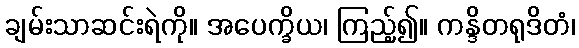
ချမ်းသာဆင်းရဲကို။ အပေက္ခိယ၊ ကြည့်၍။ ကန္ဒိတရုဒိတံ၊